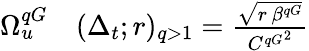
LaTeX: \begin{array}{rl}{\Omega_{u}^{qG}}&{{}(\Delta_{t};r)_{q>1}=\frac{\sqrt{r\, \beta^{qG}}}{{C^{qG}}^{2}}}\end{array}